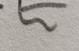
Signature authenticity: forged